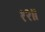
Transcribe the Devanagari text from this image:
१२॥